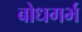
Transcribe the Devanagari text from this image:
बोधगर्भ